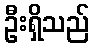
ဦးရှိသည်